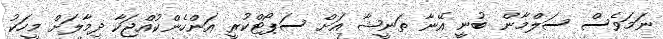
ނަމަވެސް ސަލްމާން ބުނީ އޭނާ ތަނީޝާ އަށް ސަޕޯޓްކުރީ އަންހެންކުއްޖަކާ ދިމާލަށް މީހަކު